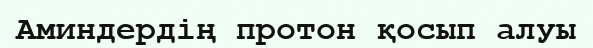
Аминдердің протон қосып алуы